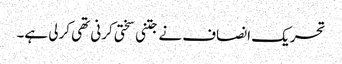
تحریک انصاف نے جتنی سختی کرنی تھی کرلی ہے۔